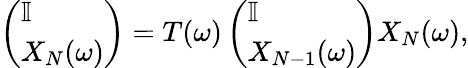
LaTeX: \begin{array}{r}{\left(\begin{array}{l}{\mathbb{I}}\\ {X_{N}(\omega)}\end{array}\right)=T(\omega)\left(\begin{array}{l}{\mathbb{I}}\\ {X_{N-1}(\omega)}\end{array}\right)X_{N}(\omega),}\end{array}